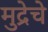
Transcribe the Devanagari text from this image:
मुद्रेचे